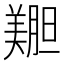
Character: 𫅝